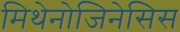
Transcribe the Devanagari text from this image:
मिथेनोजिनेसिस